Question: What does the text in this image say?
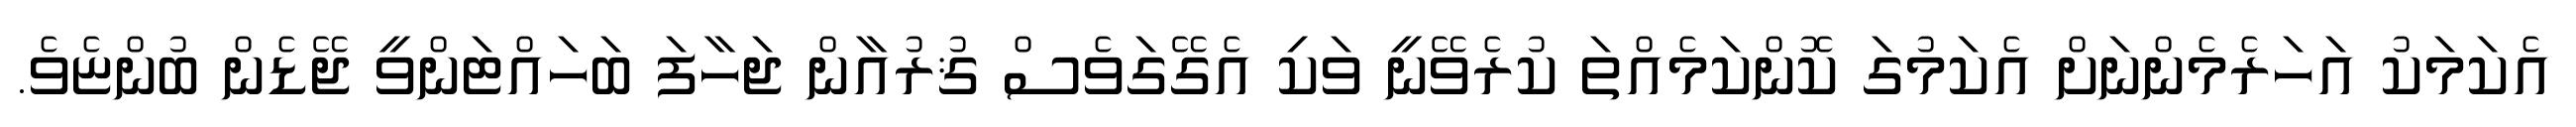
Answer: އެކަމަކު އަހަރެމެންނަށް އެކަމުގަ ކޮންކަމެއްތަ ކުރެވޭނީ ވަކި އެގޭގަވެސް ޤުރުއާން ޖަހާފަ ބަހައްޓަންވީ ޖޭޑެން ބުންޏެވެ.